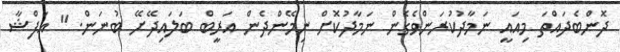
ދޮންބެދައްތަ މިއައީ ނަމާދުކުރަންވެގެން ނަމާދުކޮށް ނިމޭންދެން އަރީބް ބަލައިދޭށޭ ބުނަން. " އަފްޝާ